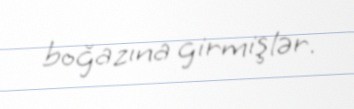
boğazına girmişlər.